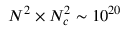
N ^ { 2 } \times N _ { c } ^ { 2 } \sim 1 0 ^ { 2 0 }